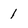
Character: 1